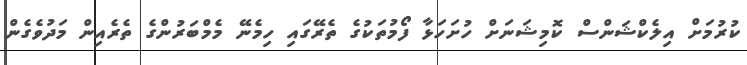
ކުރުމަށް އިލެކްޝަންސް ކޮމިޝަނަށް ހުށަހަޅާ ފޯމުތަކުގެ ތެރޭގައި ހިމެނޭ މެމްބަރުންގެ ތެރެއިން މަދުވެގެން